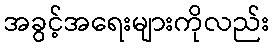
အခွင့်အရေးများကိုလည်း